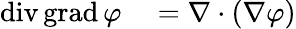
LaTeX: \begin{array}{rl}{\operatorname{div}\operatorname{grad}\varphi}&{{}=\nabla\cdot(\nabla\varphi)}\end{array}